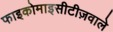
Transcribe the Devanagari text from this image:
फाइकोमाइसीटीज़वाले